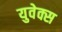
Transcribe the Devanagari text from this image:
युवेक्स